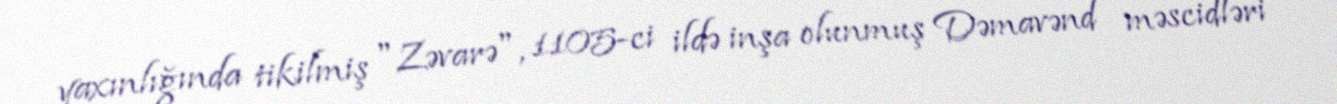
yaxınlığında tikilmiş "Zəvarə", 1105-ci ildə inşa olunmuş Dəmavənd məscidləri